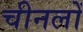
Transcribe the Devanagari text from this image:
चीनलों